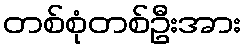
တစ်စုံတစ်ဦးအား